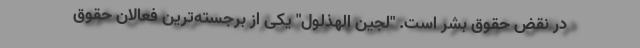
در نقض حقوق بشر است. "لُجَین الهَذلول" یکی از برجسته‌ترین فعالان حقوق